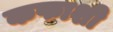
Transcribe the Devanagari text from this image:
कफाशी